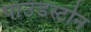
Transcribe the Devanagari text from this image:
पाउंडस्टोन